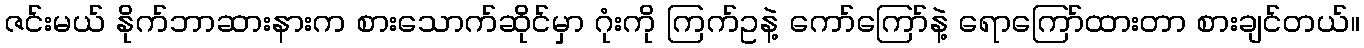
ဇင်းမယ် နိုက်ဘာဆားနားက စားသောက်ဆိုင်မှာ ဂုံးကို ကြက်ဥနဲ့ ကော်ကြော်နဲ့ ရောကြော်ထားတာ စားချင်တယ်။